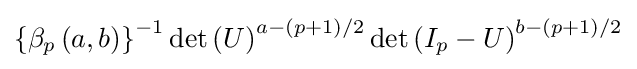
\left\{\beta _{p}\left(a,b\right)\right\}^{-1}\det \left(U\right)^{a-(p+1)/2}\det \left(I_{p}-U\right)^{b-(p+1)/2}